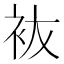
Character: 䘠